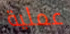
عملية